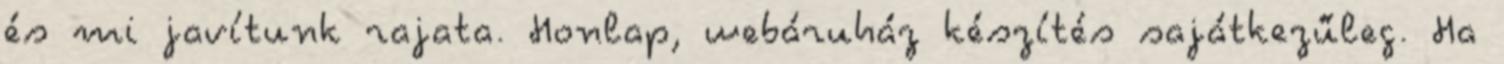
és mi javítunk rajata. Honlap, webáruház készítés sajátkezűleg. Ha